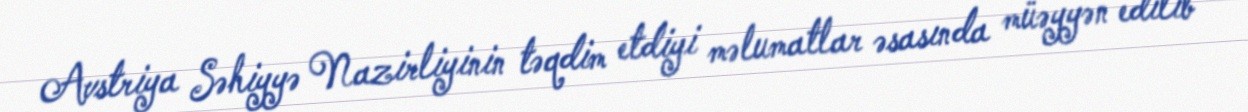
Avstriya Səhiyyə Nazirliyinin təqdim etdiyi məlumatlar əsasında müəyyən edilib